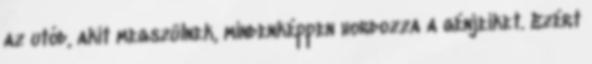
az utód, akit megszülnek, mindenképpen hordozza a génjeiket. Ezért